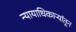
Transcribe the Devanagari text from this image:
न्यायाधिकाऱ्यांतून